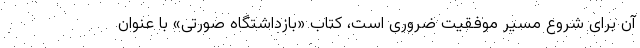
آن برای شروع مسیر موفقیت ضروری است، کتاب «بازداشتگاه صورتی» با عنوان